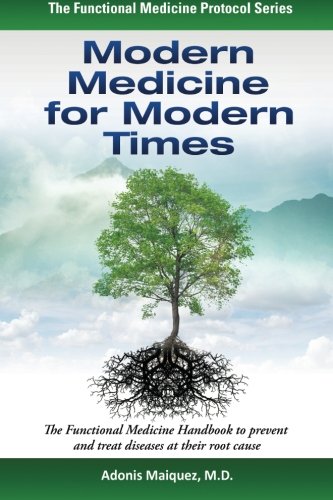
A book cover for Modern Medicine for Modern Times: The Functional Medicine Handbook to prevent and treat diseases at their root cause (The Functional Medicine Protocol Series); Adonis Maiquez; Medical Books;